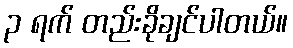
၃ ရက် တည်းခိုချင်ပါတယ်။